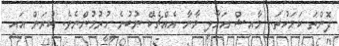
ދޮންތަ ކަމަކުތަ.. މާއިޝް އަހާލީ މާނާ އެއްޗެކޭ ނުބުނެ ހުރުމުންނެވެ. ކުރަން އައި